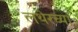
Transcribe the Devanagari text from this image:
लथेरच्या